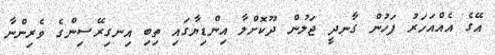
އޭގެ އެއްއަހަރު ފަހުން ގާނދީ ޖަލުން ދޫކޮށްލާ އިންޑިޔާގައި ތިބި އިނގިރޭސިންގެ ވެރިންނާ